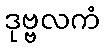
ဒုဗ္ဗလကံ